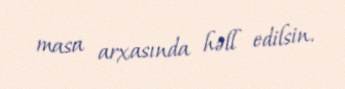
masa arxasında həll edilsin.